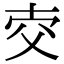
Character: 𤕐